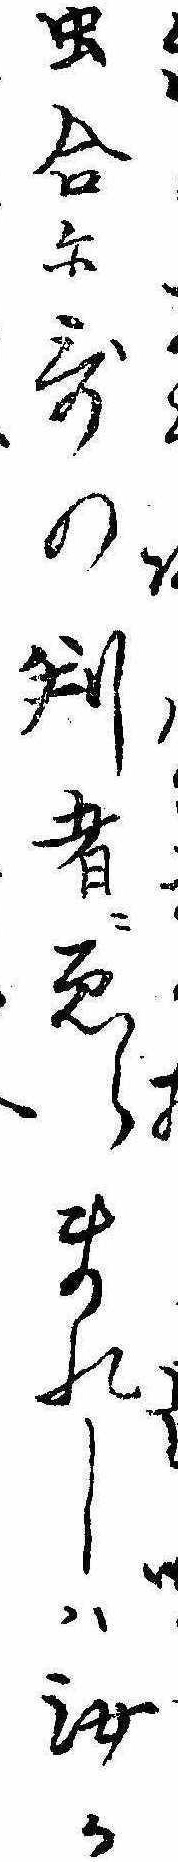
け虫合に歌の判者にゑらまれしは汝か